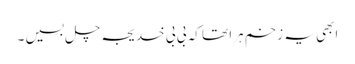
ابھی یہ زخم ہرا تھا کہ بی بی خدیجہ چل بسیں ۔